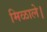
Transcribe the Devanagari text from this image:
मिळाले।